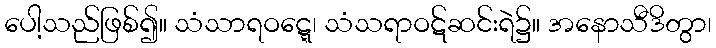
ပေါ့သည်ဖြစ်၍။ သံသာရဝဋ္ဋေ၊ သံသရာဝဋ်ဆင်းရဲ၌။ အနောသီဒိတွာ၊